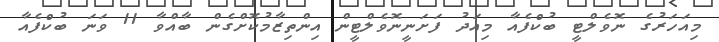
މިއަހަރުގެ ނޮވެލްޓީ ބުކްފެއާ މިއަދު ފަށަނީނޮވެލްޓީން އިންތިޒާމުކޮށްގެން ބާއްވާ 11 ވަނަ ބުކްފެއާ